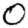
Digit: 0